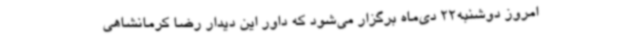
امروز دوشنبه22 دی‌ماه برگزار می‌شود که داور این دیدار رضا کرمانشاهی